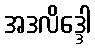
အဒလိဒ္ဒေါ